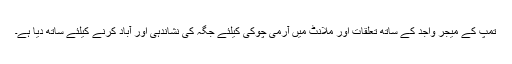
تمپ کے میجر واجد کے ساتھ تعلقات اور ملانٹ میں آرمی چوکی کیلئے جگہ کی نشاندہی اور آباد کرنے کیلئے ساتھ دیا ہے۔